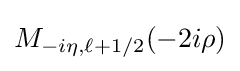
M_{-i\eta ,\ell +1/2}(-2i\rho )